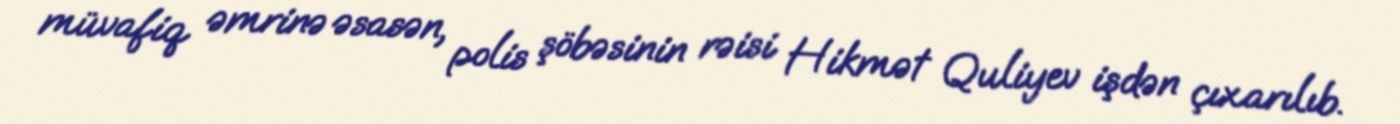
müvafiq əmrinə əsasən, polis şöbəsinin rəisi Hikmət Quliyev işdən çıxarılıb.